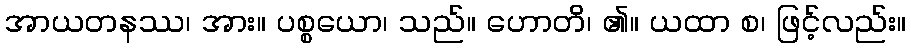
အာယတနဿ၊ အား။ ပစ္စယော၊ သည်။ ဟောတိ၊ ၏။ ယထာ စ၊ ဖြင့်လည်း။